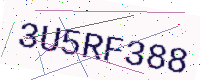
Text: 3U5RF388